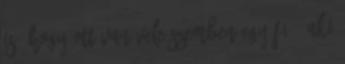
is, hogy ott van vele szemben egy fiú, aki